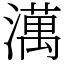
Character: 澫